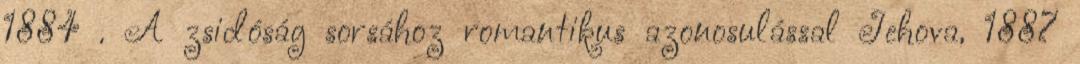
1884 . A zsidóság sorsához romantikus azonosulással Jehova, 1887